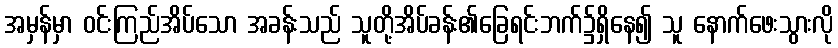
အမှန်မှာ ဝင်းကြည်အိပ်သော အခန်းသည် သူတို့အိပ်ခန်း၏ခြေရင်းဘက်၌ရှိနေ၍ သူ နောက်ဖေးသွားလို